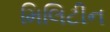
મિલિટીન